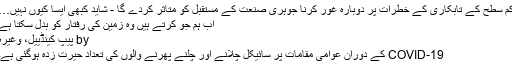
کم سطح کے تابکاری کے خطرات پر دوبارہ غور کرنا جوہری صنعت کے مستقبل کو متاثر کردے گا - شاید کبھی ایسا کیوں نہیں…
اب ہم جو کرتے ہیں وہ زمین کی رفتار کو بدل سکتا ہے
by پیپ کینڈییل، وغیرہ
COVID-19 کے دوران عوامی مقامات پر سائیکل چلانے اور چلنے پھرنے والوں کی تعداد حیرت زدہ ہوگئی ہے۔